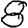
Digit: 8